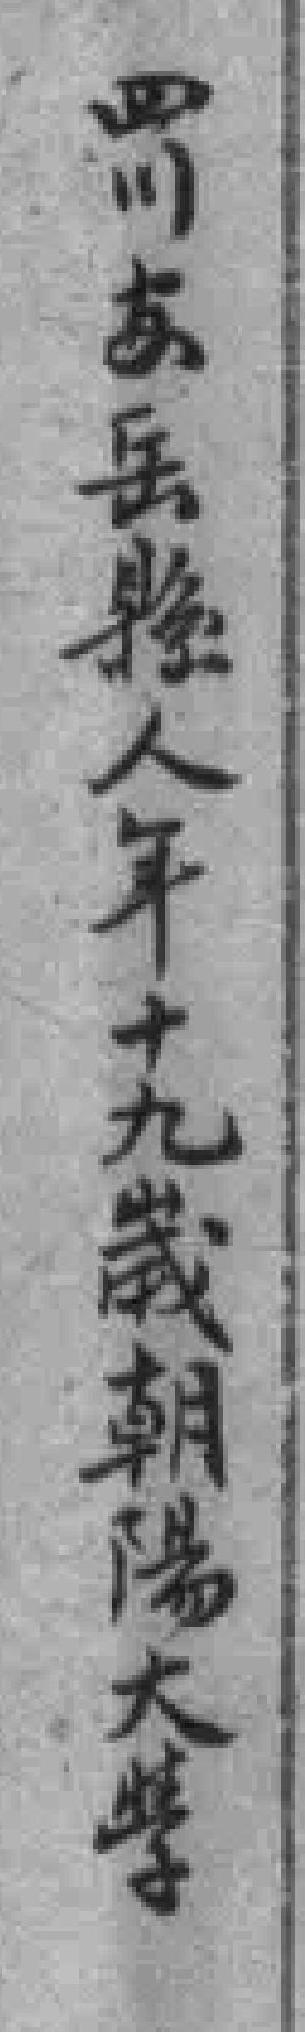
四川安岳縣人年十九歲朝陽大學